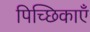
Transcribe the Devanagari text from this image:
पिच्छिकाएँ